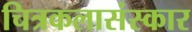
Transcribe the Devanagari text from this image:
चित्रकलासंस्कार